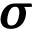
\pmb { \sigma }